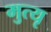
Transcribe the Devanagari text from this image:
मुत्यृ